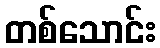
တစ်သောင်း